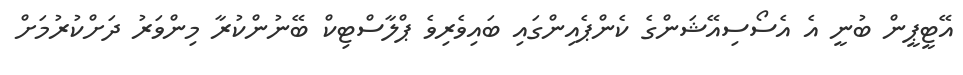
އޭޓީޕީން ބުނީ އެ އެސޯސިއޭޝަންގެ ކެންޕެއިންގައި ބައިވެރިވެ ޕްލާސްޓިކް ބޭނުންކުރާ މިންވަރު ދަށްކުރުމަށް